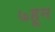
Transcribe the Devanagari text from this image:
७हून